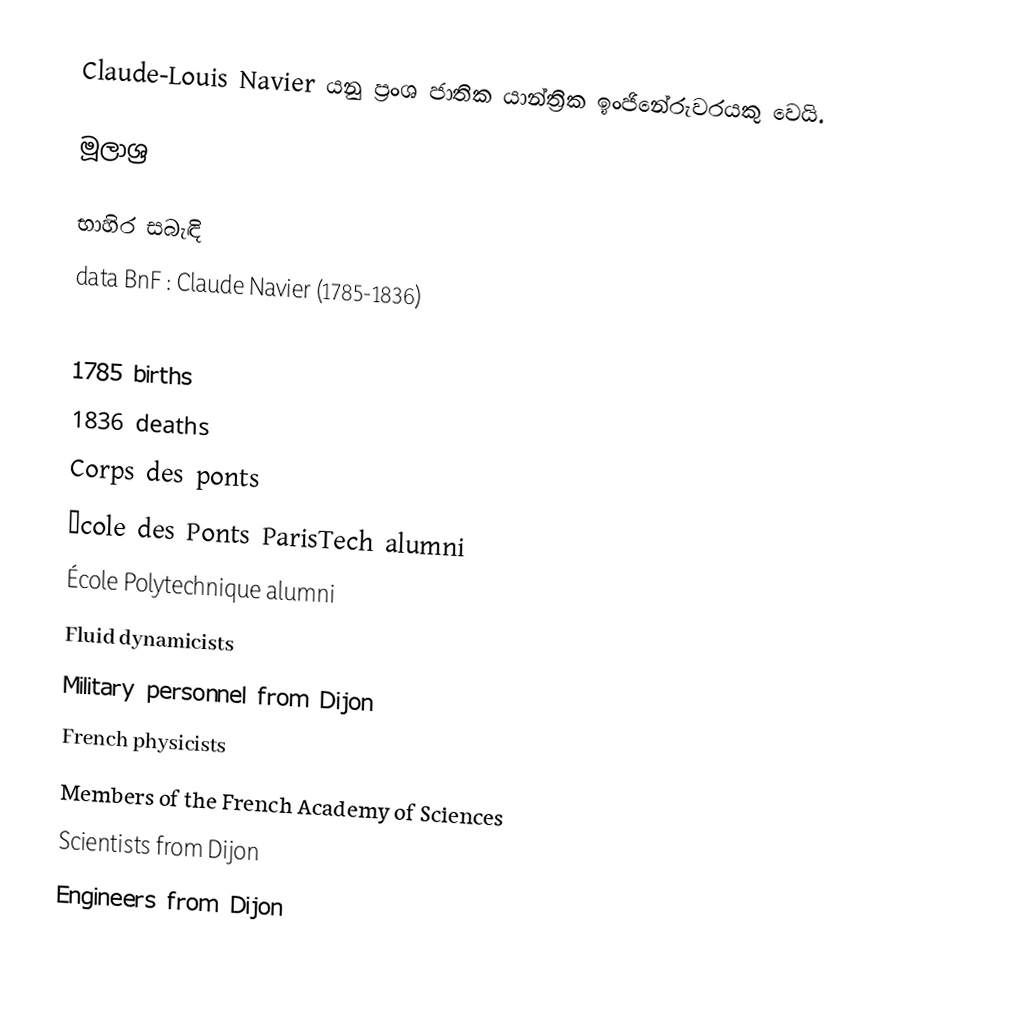
Claude-Louis Navier යනු ප්‍රංශ ජාතික යාන්ත්‍රික ඉංජිනේරුවරයකු වෙයි.

මූලාශ්‍ර

භාහිර සබැඳි
 data BnF : Claude Navier (1785-1836)

1785 births
1836 deaths
Corps des ponts
École des Ponts ParisTech alumni
École Polytechnique alumni
Fluid dynamicists
Military personnel from Dijon
French physicists
Members of the French Academy of Sciences
Scientists from Dijon
Engineers from Dijon